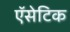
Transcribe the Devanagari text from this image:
ऍसेटिक